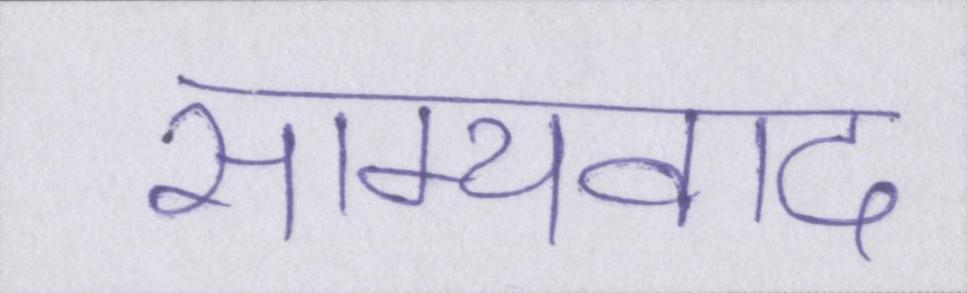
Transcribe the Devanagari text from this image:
साम्यवाद